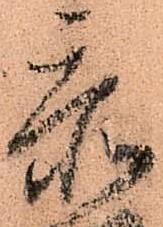
忝